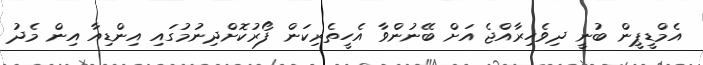
އެމްޑީޕީން ބުނީ ދިވެހިރާއްޖެ އަށް ބޭނުންވާ އެހީތެރިކަން ފޯރުކޮށްދިނުމުގައި އިންޑިއާ އިން މެދު